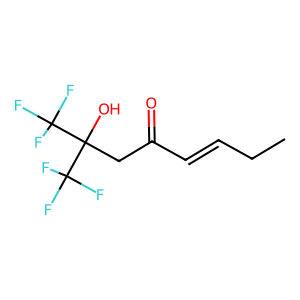
SMILES: CCC=CC(=O)CC(O)(C(F)(F)F)C(F)(F)F
Inhibits HIV replication: No